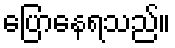
ပြောနေရသည်။